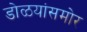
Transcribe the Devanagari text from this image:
डोळयांसमोर